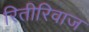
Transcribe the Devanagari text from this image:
रितीरिवाज